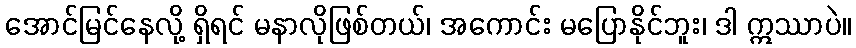
အောင်မြင်နေလို့ ရှိရင် မနာလိုဖြစ်တယ်၊ အကောင်း မပြောနိုင်ဘူး၊ ဒါ ဣဿာပဲ။